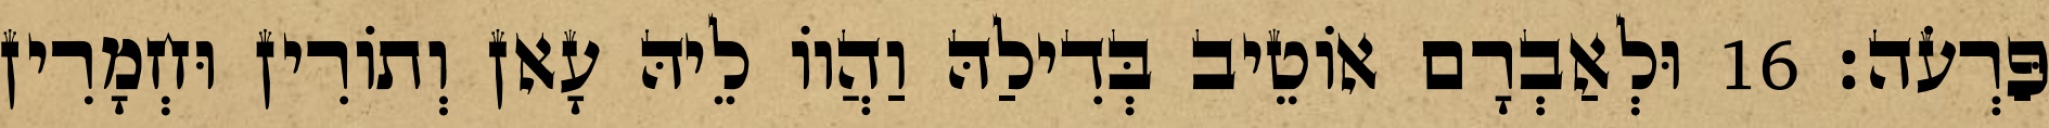
פַּרְעֹה׃ 16 וּלְאַבְרָם אוֹטֵיב בְּדִילַהּ וַהֲווֹ לֵיהּ עָאן וְתוֹרִין וּחְמָרִין